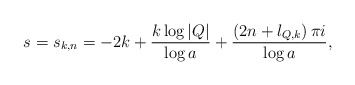
\begin{align*}s=s_{k,n}=-2k+\frac{k\log |Q|}{\log a}+\frac{\left( 2n+l_{Q,k}\right) \pi i}{\log a},\end{align*}